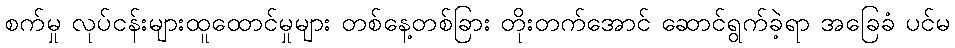
စက်မှု လုပ်ငန်းများထူထောင်မှုများ တစ်နေ့တစ်ခြား တိုးတက်အောင် ဆောင်ရွက်ခဲ့ရာ အခြေခံ ပင်မ